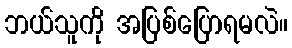
ဘယ်သူကို အပြစ်ပြောရမလဲ။